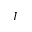
I